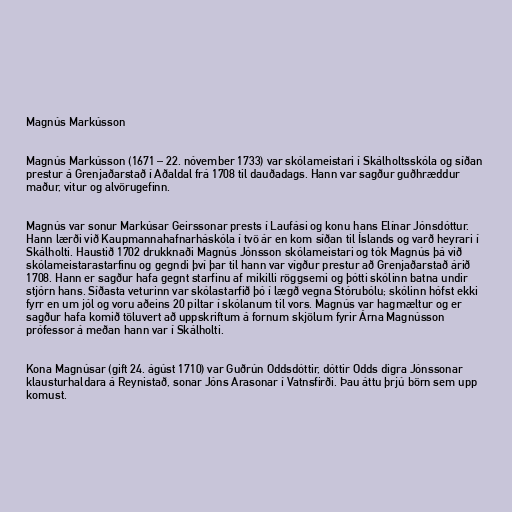
Magnús Markússon

Magnús Markússon (1671 – 22. nóvember 1733) var skólameistari í Skálholtsskóla og síðan
prestur á Grenjaðarstað í Aðaldal frá 1708 til dauðadags. Hann var sagður guðhræddur
maður, vitur og alvörugefinn.

Magnús var sonur Markúsar Geirssonar prests í Laufási og konu hans Elínar Jónsdóttur.
Hann lærði við Kaupmannahafnarháskóla í tvö ár en kom síðan til Íslands og varð heyrari í
Skálholti. Haustið 1702 drukknaði Magnús Jónsson skólameistari og tók Magnús þá við
skólameistarastarfinu og gegndi því þar til hann var vígður prestur að Grenjaðarstað árið
1708. Hann er sagður hafa gegnt starfinu af mikilli röggsemi og þótti skólinn batna undir
stjórn hans. Síðasta veturinn var skólastarfið þó í lægð vegna Stórubólu; skólinn hófst ekki
fyrr en um jól og voru aðeins 20 piltar í skólanum til vors. Magnús var hagmæltur og er
sagður hafa komið töluvert að uppskriftum á fornum skjölum fyrir Árna Magnússon
prófessor á meðan hann var í Skálholti.

Kona Magnúsar (gift 24. ágúst 1710) var Guðrún Oddsdóttir, dóttir Odds digra Jónssonar
klausturhaldara á Reynistað, sonar Jóns Arasonar í Vatnsfirði. Þau áttu þrjú börn sem upp
komust.